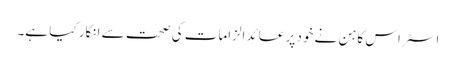
اسٹراس کاہن نے خود پر عائد الزامات کی صحت سے انکار کیا ہے۔